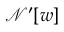
\mathcal { N ^ { \prime } } [ \boldsymbol { w } ]